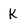
Character: K